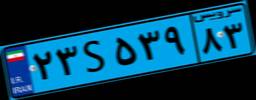
۲۳S۵۳۹۸۳